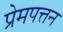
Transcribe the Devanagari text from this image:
प्रेमपत्तन